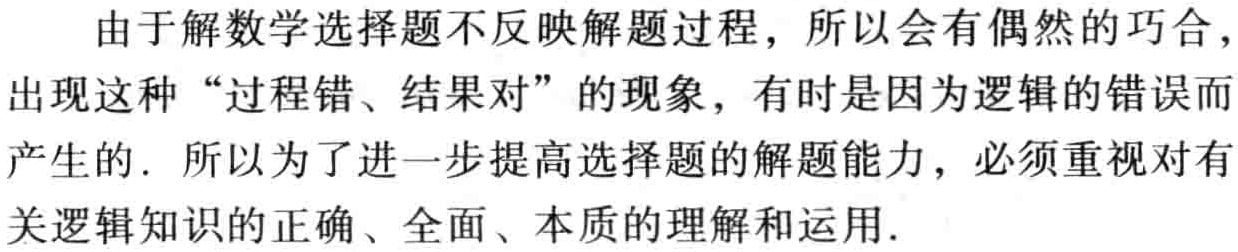
由于解数学选择题不反映解题过程，所以会有偶然的巧合，出现这种“过程错、结果对”的现象，有时是因为逻辑的错误而产生的. 所以为了进一步提高选择题的解题能力，必须重视对有关逻辑知识的正确、全面、本质的理解和运用.